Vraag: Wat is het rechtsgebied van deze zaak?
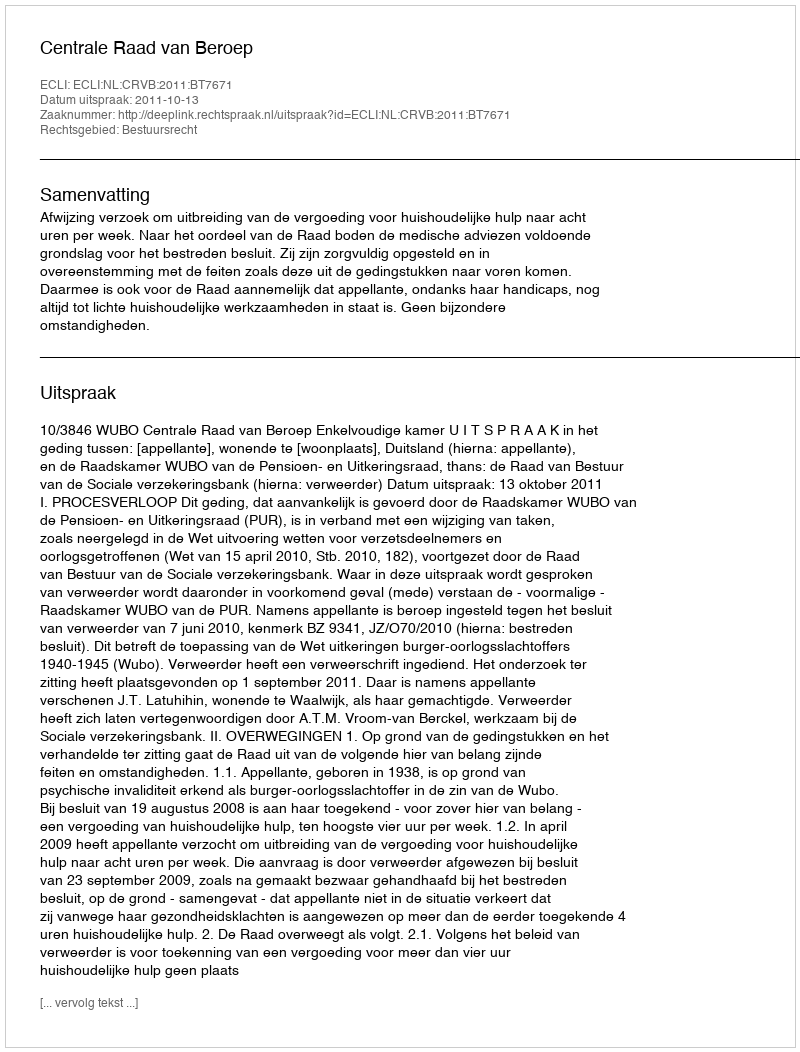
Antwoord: Bestuursrecht